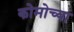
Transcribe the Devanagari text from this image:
कोमोच्या